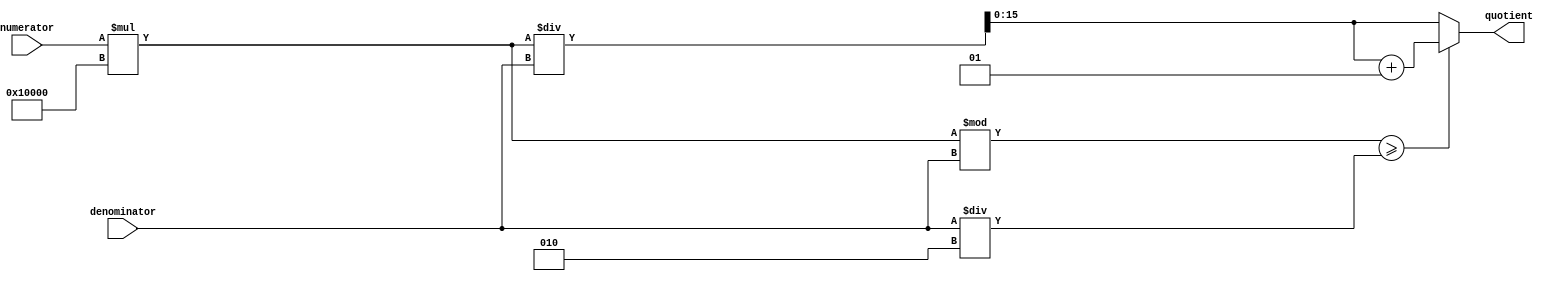
module fixed_point_divider(
    input signed [15:0] numerator,
    input signed [15:0] denominator,
    output reg signed [15:0] quotient
);

reg signed [31:0] product;
reg signed [31:0] quotient_raw;
reg signed [31:0] remainder;

always @(*) begin
    product = numerator * 65536; // Multiply numerator by 2^16 to match denominator precision
    
    quotient_raw = product / denominator;
    remainder = product % denominator;
    
    if (remainder >= denominator/2) // Round up if remainder is greater or equal to half of denominator
        quotient = quotient_raw + 1;
    else
        quotient = quotient_raw;
end

endmodule